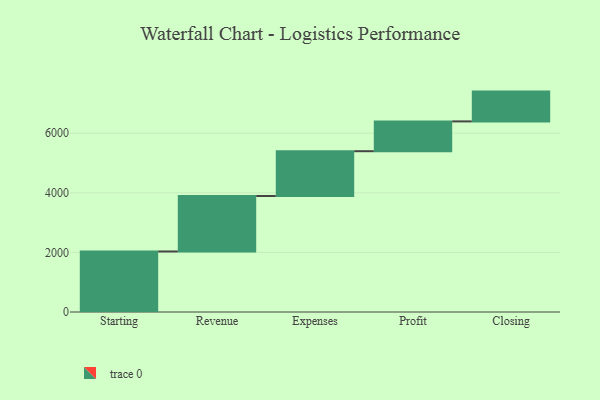
{"axis": {"x": "Step", "y": "Value"}, "legend": [""], "data": [{"x": "Starting", "y": 2031.0, "type": ""}, {"x": "Revenue", "y": 1862.0, "type": ""}, {"x": "Expenses", "y": 1503.0, "type": ""}, {"x": "Profit", "y": 1000, "type": ""}, {"x": "Closing", "y": 1000, "type": ""}]}